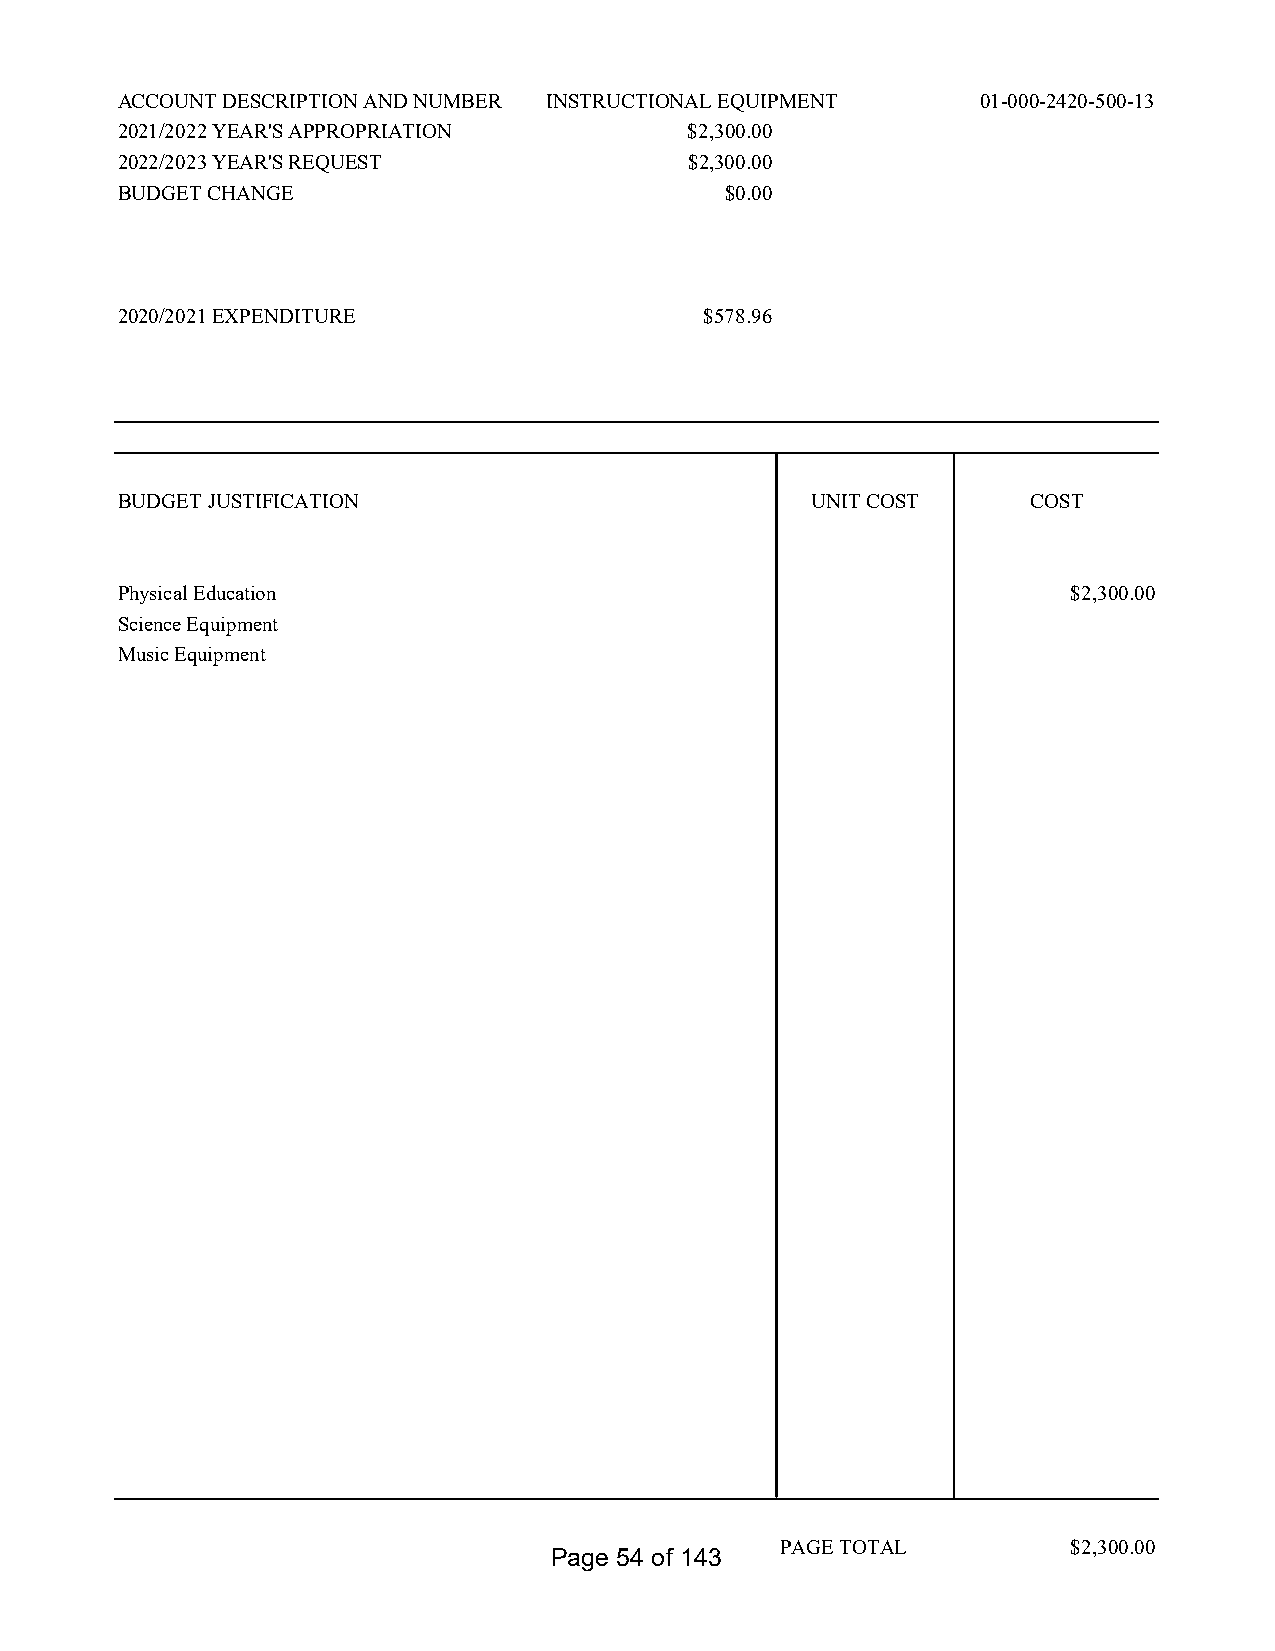
ACCOUNT DESCRIPTION AND NUMBER INSTRUCTIONAL EQUIPMENT   01-000-2420-500-13
 2021/2022 YEAR'S APPROPRIATION        $2,300.00
 2022/2023 YEAR'S REQUEST              $2,300.00
 BUDGET CHANGE                           $0.00
 2020/2021 EXPENDITURE                  $578.96
 BUDGET JUSTIFICATION                          UNIT COST     COST
 Physical Education                                             $2,300.00
 Science Equipment
 Music Equipment
 PAGE TOTAL         $2,300.00
 Page 54 of 143